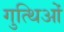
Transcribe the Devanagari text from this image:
गुत्थिओं